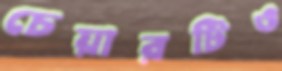
চেয়ারটিও